Dysentery and liver abscess in Bombay - Number 47
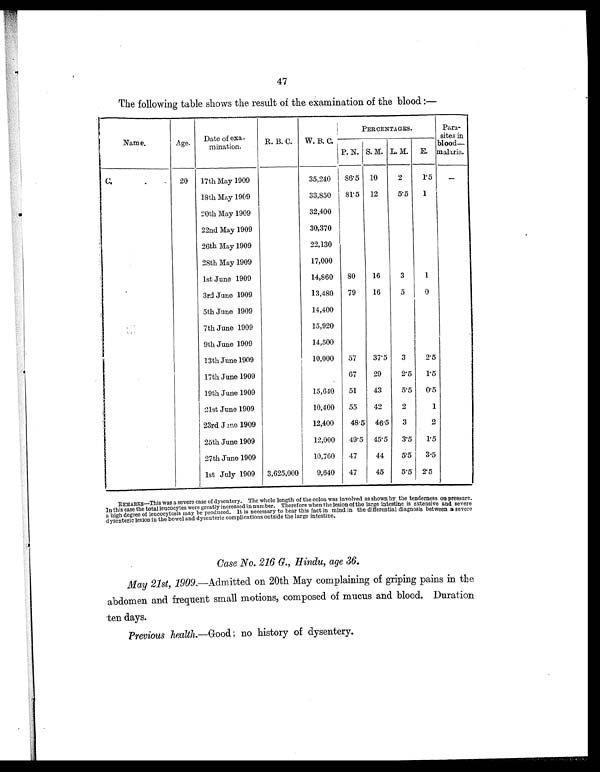
47
The following table shows the result of the examination of the blood :—
Name.
Age. Date of exa-
mination.
R. B. C.
W. B. C.
PERCENTAGES.
Para-
sites in
blood—
malaria.
P. N. S. M. L. M. E.
C.
.
20
17th May 1909
35,240
86.5 10
2
1.5
—
18th May 1909
33,850
81.5 12
5.5
1
20th May 1909
32,400
22nd May 1909
30,370
26th May 1909
22,130
28th May 1909
17,000
1st June 1909
14,860
80
16
3
1
3rd June 1909
13,480
79
16
5
0
5th June 1909
14,400
7th June 1909
15,920
9th June 1909
14,500
13th June 1909
10,000
57
37.5
3
2.5
17th June 1909
67
29
2.5
1.5
19th June 1909
15,640
51
43
5.5
0.5
21st June 1909
10,400
55
42
2
1
23rd June 1909
12,400
48.5 46.5
3
2
25th June 1909
12,000
49.5 45.5
3.5
1.5
27th June 1909
10,760
47
44
5.5
3.5
1st July 1909 3,625,000
9,640
47
45
5.5 2.5
REMARKS—This was a severe case of dysentery. The whole length of the colon was involved as shown by the tenderness on pressure.
In this case the total leucocytes were greatly increased in number. Therefore when the lesion of the large intestine is extensive and severe
a high degree of leucocytosis may be produced. It is necessary to bear this fact in mind in the differential diagnosis between a severe
dysenteric lesion in the bowel and dysenteric complications outside the large intestine.
Case No. 216 G., Hindu, age 36.
May 21st, 1909. —Admitted on 20th May complaining of griping pains in the
abdomen and frequent small motions, composed of mucus and blood. Duration
ten days.
Previous health. —Good; no history of dysentery.